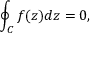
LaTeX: \oint _ { C } f ( z ) d z = 0 ,